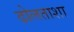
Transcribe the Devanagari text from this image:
ढोलताशा